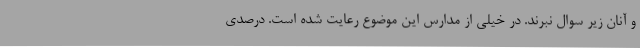
و آنان زیر سوال نبرند. در خیلی از مدارس این موضوع رعایت شده است. درصدی